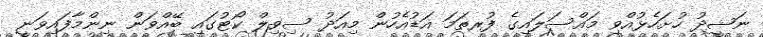
ނަޝީދު ހުށަހެޅުއްވި މައްސަލައިގެ ފުރތަމަ އަޑުއެހުން މިއަދު ސިވިލް ކޯޓުގައި ބޭއްވަން ނިންމާފައިވަނީ